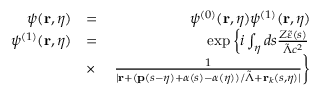
\begin{array} { r l r } { \psi ( \mathbf { r } , \eta ) } & { = } & { \psi ^ { ( 0 ) } ( \mathbf { r } , \eta ) \psi ^ { ( 1 ) } ( \mathbf { r } , \eta ) } \\ { \psi ^ { ( 1 ) } ( \mathbf { r } , \eta ) } & { = } & { \exp \left\{ i \int _ { \eta } d s \frac { Z \tilde { \varepsilon } ( s ) } { \tilde { \Lambda } c ^ { 2 } } \right. } \\ & { \times } & { \left. \frac { 1 } { | \mathbf { r } + ( \mathbf { p } ( s - \eta ) + \boldsymbol { \alpha } ( s ) - \boldsymbol { \alpha } ( \eta ) ) / \tilde { \Lambda } + \mathbf { r } _ { k } ( s , \eta ) | } \right\} } \end{array}